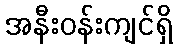
အနီးဝန်းကျင်ရှိ